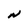
Character: N